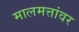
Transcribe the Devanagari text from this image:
मालमत्तांवर